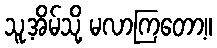
သူ့အိမ်သို့ မလာကြတော့။